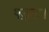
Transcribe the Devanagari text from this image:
पड़्ता।